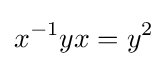
x^{-1}yx=y^{2}